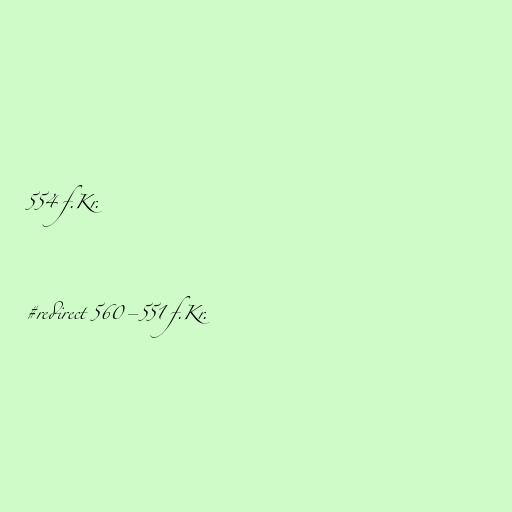
554 f.Kr.

#redirect 560–551 f.Kr.